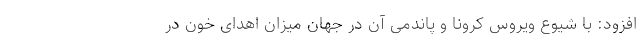
افزود: با شیوع ویروس کرونا و پاندمی آن در جهان میزان اهدای خون در